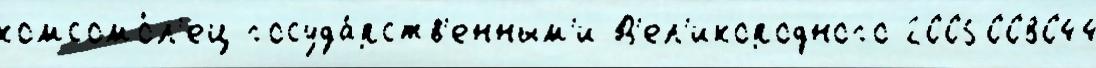
комсомо́л'ец госуда́рств'енным'и В'ел'икородного 2005008044